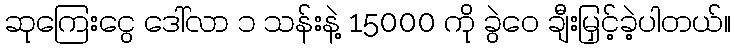
ဆုကြေးငွေ ဒေါ်လာ ၁ သန်းနဲ့ 15000 ကို ခွဲဝေ ချီးမြှင့်ခဲ့ပါတယ်။